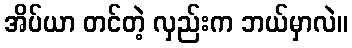
အိပ်ယာ တင်တဲ့ လှည်းက ဘယ်မှာလဲ။